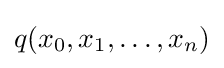
q(x_{0},x_{1},\ldots ,x_{n})